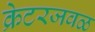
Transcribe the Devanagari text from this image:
क्रेटरजवळ